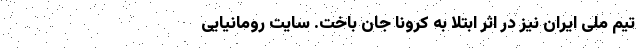
تیم ملی ایران نیز در اثر ابتلا به کرونا جان باخت. سایت رومانیایی